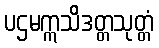
ပဌမဣသိဒတ္တသုတ္တံ